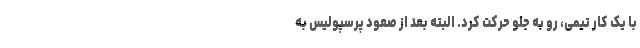
با یک کار تیمی، رو به جلو حرکت کرد. البته بعد از صعود پرسپولیس به